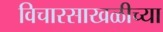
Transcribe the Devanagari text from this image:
विचारसाखळीच्या